Annual report of lunatic asylums [Bombay] - 1912-1922
Year: 1912
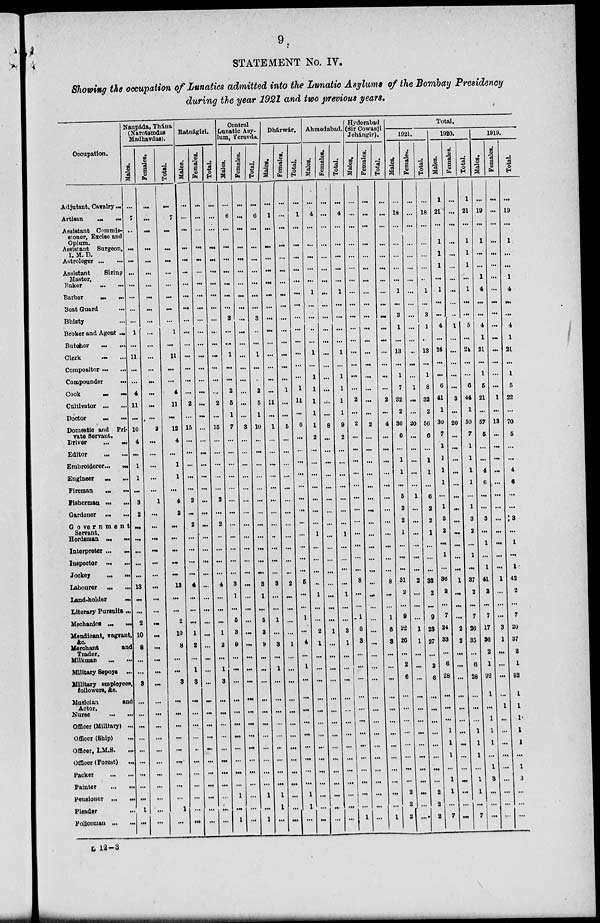
9
STATEMENT No. IV.
Showing the occupation of Lunatics admitted into the Lunatic Asylums of the Bombay Presidency
during the year 1921 and two previous years.
Occupation.
Adjutant, Cavalry ...
Artisan
...
...
Assistant Commis-
sioner, Excise and
Opium.
Assistant Surgeon,
I. M. D.
Astroleger ... ...
Assistant
Sizing
Master.
Baker ... ...
Barber
...
...
Beat Guard
...
Bhisty ...
Broker and Agent ...
Butcher ... ...
Clerk ... ...
Compositor ... ...
Compounder
...
Cook
...
...
Cultivator ... ...
Doctor ... ...
Domestic and Pri-
vate Servant.
Driver
...
...
Editor
...
...
Embroiderer ... ...
Engineer
...
...
Fireman
...
...
Fisherman ... ...
Gardener ... ...
Government
Servant.
Herdsman ... ...
Interpreter ... ...
Inspector ... ...
Jockey ... ...
Labourer ... ...
Land-holder
...
Literary Pursuits...
Mechanics ... ...
Mendicant, vagrant,
&c.
Merchant
and
Trader.
Milkman
...
...
Military Sepoys ...
Military employees,
followers, &c.
Musician
and
Actor.
Nurse
...
...
Officer (Military) ...
Officer (Ship)
...
Officer, I.M.S. ...
Officer (Forest)
...
Packer
...
...
Painter
...
...
Pensioner ... ...
Pleader ... ...
Policeman ... ...
Naupáda, Thána
(Narotamdas
Madbavdus).
Males.
...
7
...
...
...
...
...
...
...
...
1
...
11
...
...
4
11
...
10
4
...
1
1
...
3
2
...
...
...
...
...
13
...
...
2
10
8
...
...
3
...
...
...
...
...
...
...
...
...
1
...
Females.
...
...
...
...
...
...
...
...
...
...
...
...
...
...
...
...
...
...
2
...
...
...
...
...
1
...
...
...
...
...
...
...
...
...
...
...
...
...
...
...
...
...
...
...
...
...
...
...
...
...
...
Total.
...
7
...
...
...
...
...
...
...
...
1
...
11
...
...
4
11
...
12
4
...
1
1
...
4
2
...
...
...
...
...
13
...
...
2
10
8
...
...
3
...
...
...
...
...
...
...
...
...
1
...
Ratnágiri.
Males.
...
...
...
...
...
...
...
...
...
...
...
...
...
...
...
...
2
...
15
...
...
...
...
...
2
...
2
...
...
...
...
4
...
...
...
1
2
...
1
3
...
...
...
...
...
...
...
...
...
...
...
Females.
...
...
...
...
...
...
...
...
...
...
...
...
...
...
...
...
...
...
...
...
...
...
...
...
...
...
...
...
...
...
...
...
...
...
...
...
...
...
...
...
...
...
...
...
...
...
...
...
...
...
...
Total.
...
...
...
...
...
...
...
...
...
...
...
...
...
...
...
...
2
...
15
...
...
...
...
...
2
...
2
..
...
...
...
4
...
...
...
1
2
...
1
3
...
...
...
...
...
...
...
...
...
...
...
Central
Lunatic Asy-
lum, Yeravda.
Males.
...
6
...
...
...
...
...
...
...
3
...
...
1
...
...
2
5
1
7
...
...
...
...
...
...
...
...
...
...
...
...
3
1
...
6
3
9
...
...
...
...
...
...
...
...
...
...
...
1
...
1
Females.
...
...
...
...
...
...
...
...
...
...
...
...
...
...
...
...
...
...
3
...
...
...
...
...
...
...
...
...
...
...
...
...
...
...
...
...
...
...
...
...
...
...
...
...
...
...
...
...
...
...
...
Total.
...
6
...
...
...
...
...
...
...
3
...
...
1
...
...
2
5
1
10
...
...
...
...
...
...
...
...
...
...
...
...
3
1
...
5
3
9
...
..
...
...
...
...
...
...
...
...
...
1
...
1
Dhárwár.
Males.
...
1
...
...
...
...
...
...
...
...
...
...
...
...
...
...
11
...
1
...
...
...
...
...
...
...
...
...
...
...
...
3
...
...
1
...
3
...
1
...
...
...
...
...
...
...
...
...
1
1
...
Females.
...
...
...
...
...
...
...
...
...
...
...
...
...
...
1
...
...
5
...
...
...
...
...
...
...
...
...
...
...
...
2
...
...
...
...
1
...
...
...
...
...
...
...
...
...
...
...
...
...
...
Total.
...
1
...
...
...
...
...
...
...
...
...
...
...
...
...
1
11
...
6
...
...
...
...
...
...
...
...
...
...
...
...
5
...
...
1
...
4
...
1
...
...
...
...
...
...
...
...
...
1
1
...
Ahmedabad.
Males.
...
4
...
...
...
...
...
1
...
...
..
...
1
...
1
1
1
1
1
2
...
...
...
...
...
...
...
1
...
...
...
...
1
...
...
2
1
...
...
...
...
...
...
...
...
...
...
...
...
...
...
Females.
...
...
...
...
...
...
...
...
...
...
...
...
...
...
...
...
...
...
8
...
...
...
...
...
...
...
...
...
...
...
...
...
...
...
...
1
...
...
...
...
...
...
...
...
...
...
...
...
...
...
Total.
...
4
...
...
...
...
...
1
...
...
...
...
1
...
1
1
1
1
9
2
...
...
...
...
...
...
...
1
...
...
...
...
1
...
...
3
1
...
...
...
...
...
...
...
...
...
...
...
...
...
...
Hyderabad
(Sir Cowasji
Jehangir).
Males.
...
...
...
...
...
...
...
...
...
...
...
...
...
...
...
...
2
...
2
...
...
...
...
...
...
...
...
...
...
...
...
8
...
...
1
6
3
...
...
...
...
...
...
...
...
...
...
...
...
...
1
Females.
...
...
...
...
...
...
...
...
...
...
...
...
...
...
...
...
...
...
2
...
...
...
...
...
...
...
...
...
...
...
...
...
...
...
...
...
...
...
...
...
...
...
...
...
...
...
...
...
...
...
...
Total.
...
...
...
...
...
...
...
...
...
...
...
...
...
...
...
...
2
...
4
...
...
...
...
...
...
...
...
...
...
...
...
8
...
...
1
6
3
...
...
...
...
...
...
...
...
...
...
...
...
...
1
Total.
1921.
Males.
...
18
...
...
...
...
...
1
...
3
1
...
13
...
1
7
32
2
36
6
...
1
1
...
5
2
2
1
...
...
...
31
2
...
9
22
26
...
2
6
...
...
...
...
...
...
...
...
2
2
2
Females.
...
...
...
...
...
...
...
...
...
...
...
...
...
...
...
1
...
...
20
...
...
...
...
...
1
...
...
...
...
...
...
2
...
...
...
1
1
...
...
...
...
...
...
...
...
...
...
...
...
...
....
Total.
...
18
...
...
...
...
..
1
...
3
1
...
13
...
1
8
32
2
66
6
...
1
1
...
6
2
2
1
...
...
...
33
2
...
9
23
27
...
2
6
...
...
...
...
...
...
...
...
2
2
2
1920.
Males.
1
21
...
1
1
1
...
1
...
...
4
...
24
...
...
6
41
1
30
7
1
1
1
1
...
1
3
2
...
1
...
36
2
...
7
24
33
...
6
28
...
...
...
1
1
1
...
1
1
...
7
Females.
...
...
...
...
...
...
...
...
...
...
1
...
...
...
...
...
3
...
20
...
...
...
...
...
...
...
...
...
...
...
...
1
...
...
...
2
2
...
...
...
...
...
...
...
...
...
...
...
...
...
...
Total.
1
21
...
1
1
1
...
1
...
...
5
...
24
...
...
6
44
1
50
7
1
1
1
1
...
1
3
2
...
1
...
37
2
...
7
26
35
...
6
28
...
...
...
1
1
1
...
1
1
...
7
1919.
Males.
...
19
...
1
...
...
1
4
...
...
4
1
21
tee
1
5
21
...
57
5
...
...
4
0
...
...
3
...
1
...
1
41
...
...
7
17
36
2
1
92
1
...
1
1
1
...
1
3
...
...
...
Females.
...
...
...
...
...
...
...
...
...
...
...
...
...
tee
...
...
1
...
13
...
...
...
...
...
...
...
...
...
...
...
...
1
...
...
...
3
1
...
...
...
...
1
...
...
...
...
...
...
...
...
...
Total.
...
19
...
1
...
...
1
4
...
...
4
1
21
...
1
5
22
...
70
5
...
...
4
6
...
...
3
...
1
...
1
42
2
...
7
20
37
2
1
92
1
1
1
1
1
...
1
3
...
...
...
L 12—3